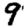
Digit: 9